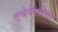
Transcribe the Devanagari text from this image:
एचेवेररिया